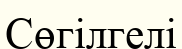
Сөгілгелі